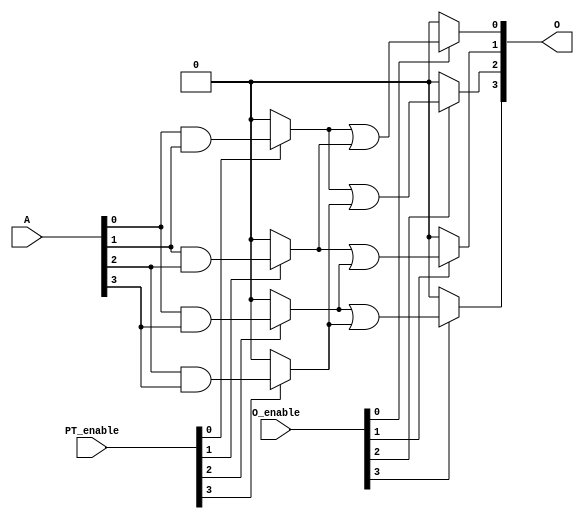
module programmable_logic_array (
    input wire [N-1:0] A,    // Input signals (A1, A2, ..., An)
    input wire [M-1:0] PT_enable, // Enable signals for product terms
    input wire [K-1:0] O_enable,   // Enable signals for outputs
    output wire [P-1:0] O        // Output signals (O1, O2, ..., Ok)
);
    parameter N = 4; // Number of inputs
    parameter M = 4; // Number of product terms
    parameter K = 4; // Number of outputs
    parameter P = 4; // Number of final outputs

    // AND Plane: Generate product terms based on programmable fuses
    wire [M-1:0] PT; // Product terms

    // Example of programmable AND connections
    assign PT[0] = (PT_enable[0]) ? (A[0] & A[1]) : 1'b0; // PT1 = A1 AND A2
    assign PT[1] = (PT_enable[1]) ? (A[1] & A[2]) : 1'b0; // PT2 = A2 AND A3
    assign PT[2] = (PT_enable[2]) ? (A[0] & A[3]) : 1'b0; // PT3 = A1 AND A4
    assign PT[3] = (PT_enable[3]) ? (A[2] & A[3]) : 1'b0; // PT4 = A3 AND A4

    // OR Plane: Combine product terms to generate outputs
    assign O[0] = (O_enable[0]) ? (PT[0] | PT[1]) : 1'b0; // O1 = PT1 OR PT2
    assign O[1] = (O_enable[1]) ? (PT[1] | PT[2]) : 1'b0; // O2 = PT2 OR PT3
    assign O[2] = (O_enable[2]) ? (PT[0] | PT[3]) : 1'b0; // O3 = PT1 OR PT4
    assign O[3] = (O_enable[3]) ? (PT[2] | PT[3]) : 1'b0; // O4 = PT3 OR PT4

endmodule